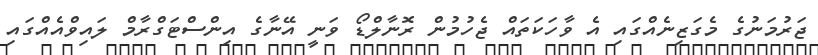
ޖަރުމަނުގެ މެގަޒިނެއްގައި އެ ވާހަކަތައް ޖެހުމުން ރޮނާލްޑޯ ވަނީ އޭނާގެ އިންސްޓަގްރާމް ލައިވްއެއްގައި